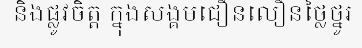
និងផ្លូវចិត្ត ក្នុងសង្គមជឿនលឿនថ្លៃថ្នូរ